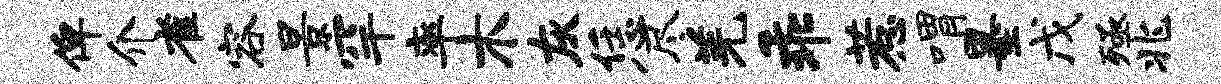
俾介雀容景罕率木灰恁尽羌乖惹喟墨戊殛兆